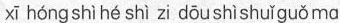
xī hóng shìhé shì zi dōu shìshuǐguǒma